Lunatic asylums Bombay report 1878-1890 - 1878-1890
Year: 1878
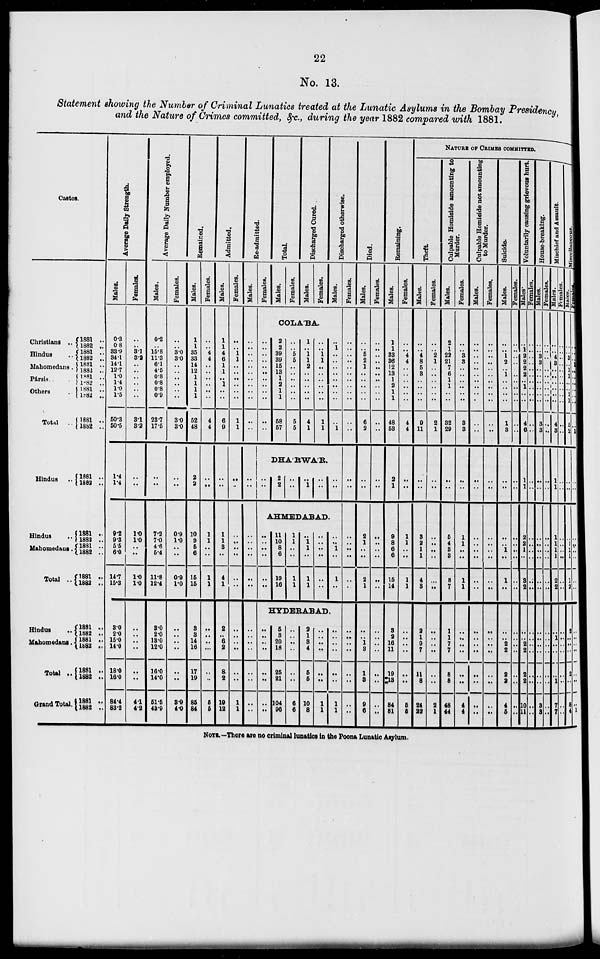
22
No. 13.
Statement showing the Number of Criminal Lunatics treated at the Lunatic Asylums in the Bombay Presidency,
and the Nature of Crimes committed, &c., during the year 1882 compared with 1881.
Castes.
Christians ..
Hindus ..
Mahomedans .
Pársis .. ..
Others ..
Total
1881 ..
1882 ..
1881 ..
1882 ..
1881 ..
1882 ..
1881 ..
1882 ..
1881 ..
1882 ..
1881 ..
1882 ..
Hindus ..
1881 ..
1882 ..
Hindus ..
Mahomedans.
Total ..
1881 ..
1882 ..
1881 ..
1882 ..
1881 ..
1882 ..
Hindus ..
Mahomedans .
Total ..
Grand Total ..
1881 ..
1882 ..
1881 ..
1882 ..
1881 ..
1882 ..
1881 ..
1882
..
Average Daily Strength.
Males.
0.3
0.8
33.9
34.1
14.1
12.7
1.0
1.4
1.0
1.5
50.3
50.5
1.4
1.4
9.2
9.3
5.5
6.0
14.7
15.3
3.0
2.0
15.0
14.0
18.0
16.0
84.4
83.2
Females.
..
..
3.1
3.2
..
..
..
..
..
..
3.1
3.2
..
..
1.0
1.0
..
..
1.0
1.0
..
..
..
..
..
..
4.1
4.2
Average Daily Number employed.
Males.
0.2
..
15.8
11.3
6.1
4.5
0.8
0.8
0.8
0.9
23.7
17.5
..
..
7.2
7.0
4.6
5.4
11.8
12.4
3.0
2.0
18.0
12.0
16.0
14.0
51.5
43.9
Females.
..
..
3.0
3.0
..
..
..
..
..
..
3.0
3.0
..
..
0.9
1.0
..
..
0.9
1.0
..
..
..
..
..
..
3.9
4.0
Remained.
Males.
1
1
35
33
14
12
1
1
1
1
52
48
2
2
10
9
5
6
15
15
3
3
14
16
17
19
85
84
Females.
..
..
4
4
..
..
..
..
..
..
4
4
..
..
1
1
..
..
1
1
..
..
..
..
..
..
5
5
Admitted.
Males.
1
1
4
6
1
1
..
1
..
..
6
9
..
..
1
1
3
..
4
1
2
..
6
2
8
2
19
12
Females.
..
..
1
1
..
..
..
..
..
..
1
1
..
..
..
..
..
..
..
..
..
..
..
..
..
..
1
1
Re-admitted.
Males.
..
..
..
..
..
..
..
..
..
..
..
..
..
..
..
..
..
..
..
..
..
..
..
..
..
..
..
..
Females.
..
..
..
..
..
..
..
..
..
..
..
..
Total.
Males.
Females.
Discharged Cured.
Males.
Females.
Discharged otherwise.
Males.
COLA'BA.
2 2
39
39
15
13
1
2
1
1
58
57
..
..
5
5
..
..
..
..
..
..
5
5
1
..
1
1
2
..
..
..
..
..
4
1
..
..
1
1
..
..
..
..
..
..
1
1
..
1
..
..
..
..
..
..
..
..
..
1
DHA'RWA'R.
..
..
2
2
..
..
..
1
..
..
..
..
AHMEDABAD.
..
..
..
..
..
..
11
10
8
6
19
16
1
1
..
..
1
1
..
1
1
..
1
1
..
..
..
..
..
..
..
..
1
..
1
..
HYDERABAD.
..
..
..
..
..
..
..
..
5
3
20
18
25
21
104
96
..
..
..
..
..
..
6
6
2
1
3
4
5
5
10
8
..
..
..
..
..
..
1
1
..
..
..
..
..
..
1
1
Females.
..
..
..
..
..
..
..
..
..
..
..
..
..
..
..
..
..
..
..
..
..
..
..
..
..
..
..
..
Died.
Males.
..
..
5
2
1
..
..
..
..
..
6
2
..
..
2
1
..
..
2
1
..
..
1
3
1
3
9
6
Females.
..
..
..
..
..
..
..
..
..
..
..
..
..
..
..
..
..
..
..
..
..
..
..
..
..
..
..
..
Remaining.
Males.
1
1
33
36
12
13
1
2
1
1
48
53
2
1
9
8
6
6
15
14
3
2
16
11
19
13
84
81
Females.
..
..
4
4
..
..
..
..
..
..
4
4
..
..
1
1
..
..
1
1
..
..
..
..
..
..
5
5
NATURE OF CRIMES COMMITTED.
Theft.
Males.
..
..
4
8
5
3
..
..
..
..
9
11
..
..
3
2
1
1
4
3
2
1
9
7
11
8
24
22
Females.
..
..
2
1
..
..
..
..
..
..
2
1
..
..
..
..
..
..
..
..
..
..
..
..
..
..
2
1
Culpable Homicide amounting to
Murder.
Males.
2
1
22
21
7
6
1
1
..
..
32
29
..
..
5
4
8
8
8
7
1
1
7
7
8
8
48
44
Females.
..
..
3
3
..
..
..
..
..
..
3
3
..
..
1
1
..
..
1
1
..
..
..
..
..
..
4
4
Culpable Homicide not amounting
to Murder.
Males.
..
..
..
..
..
..
..
..
..
..
..
..
..
..
..
..
..
..
..
..
..
..
..
..
..
..
..
..
Females.
..
..
..
..
..
..
..
..
..
..
..
..
..
..
..
..
..
..
..
..
..
..
..
..
..
..
..
..
Suicide.
Males.
..
..
1
2
..
1
..
..
..
..
1
3
..
..
..
..
1
..
1
..
..
..
2
2
2
2
4
5
Females.
..
..
..
..
..
..
..
..
..
..
..
..
..
..
..
..
..
..
..
..
..
..
..
..
..
..
..
..
Voluntarily causing grievous hurt.
Males.
..
1
2
2
2
2
..
1
..
..
4
6
..
..
2
2
1
..
3
2
..
..
2
2
2
2
10
11
Females.
..
..
..
..
..
..
..
..
..
..
..
..
..
..
..
..
..
..
..
..
..
..
..
..
..
..
..
..
House-breaking.
Males.
..
..
3
3
..
..
..
..
..
..
3
3
..
..
..
..
..
..
..
..
..
..
..
..
..
..
3
3
Females.
..
..
..
..
..
..
..
..
..
..
..
..
..
..
..
..
..
..
..
..
..
..
..
..
..
..
..
..
Mischief and Assault.
Males.
..
..
4
3
..
..
..
..
..
..
4
3
..
..
1
1
1
1
2
2
..
..
..
..
..
..
7
7
Females.
..
..
..
..
..
..
..
..
..
..
..
..
..
..
..
..
..
..
..
..
..
..
..
..
..
..
..
..
Miscellaneous.
Males.
..
..
3
..
1
1
..
..
1
1
5
2
..
..
..
1
1
1
1
2
2
..
..
..
2
..
8
4
Females.
..
..
..
1
..
..
..
..
..
..
..
1
..
..
..
..
..
..
..
..
..
..
..
..
..
..
..
1
NOTE.—There are no criminal lunatics in the Poona Lunatic Asylum.